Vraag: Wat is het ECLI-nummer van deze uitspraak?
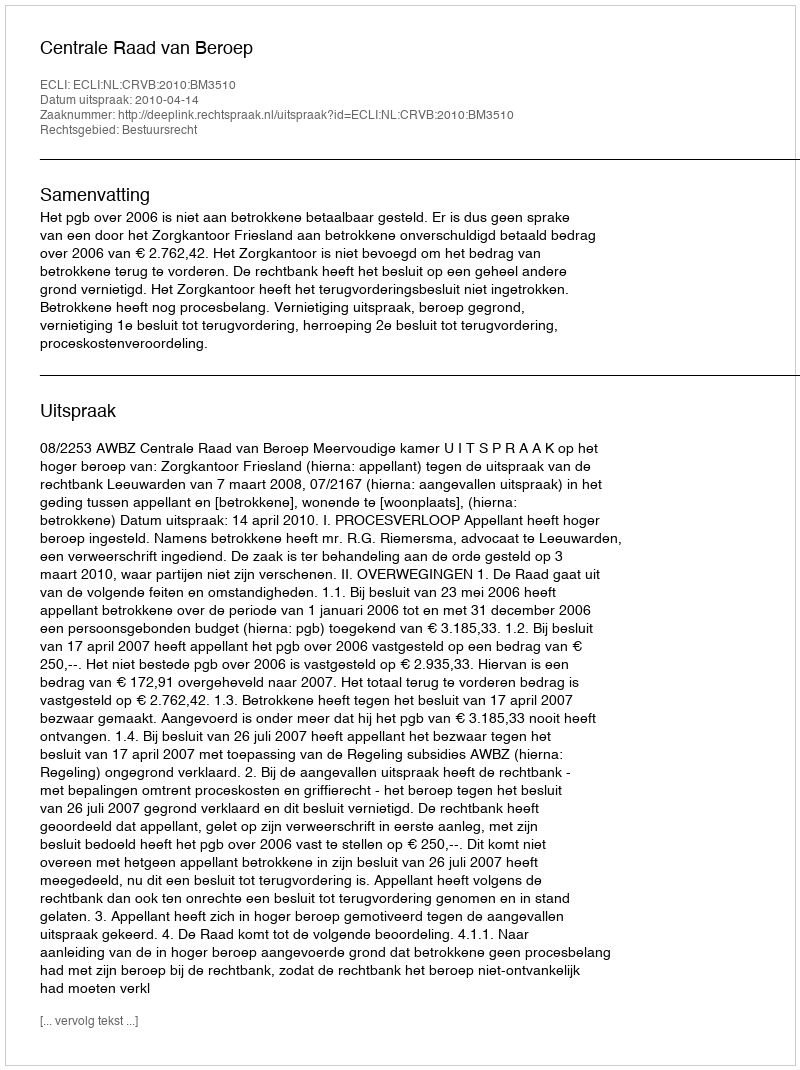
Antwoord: ECLI:NL:CRVB:2010:BM3510